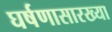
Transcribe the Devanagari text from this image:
घर्षणासारख्या